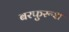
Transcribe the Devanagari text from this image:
बरफुरूश